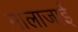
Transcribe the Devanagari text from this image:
मालाजाई